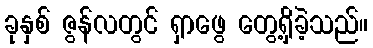
ခုနှစ် ဇွန်လတွင် ရှာဖွေ တွေ့ရှိခဲ့သည်။